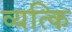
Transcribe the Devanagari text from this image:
व्यत्कि